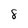
Character: 8